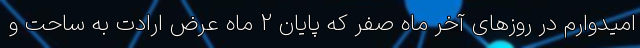
امیدوارم در روزهای آخر ماه صفر که پایان 2 ماه عرض ارادت به ساحت و